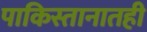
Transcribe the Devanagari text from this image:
पाकिस्तानातही